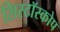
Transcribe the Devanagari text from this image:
सिस्टॉस्कोप